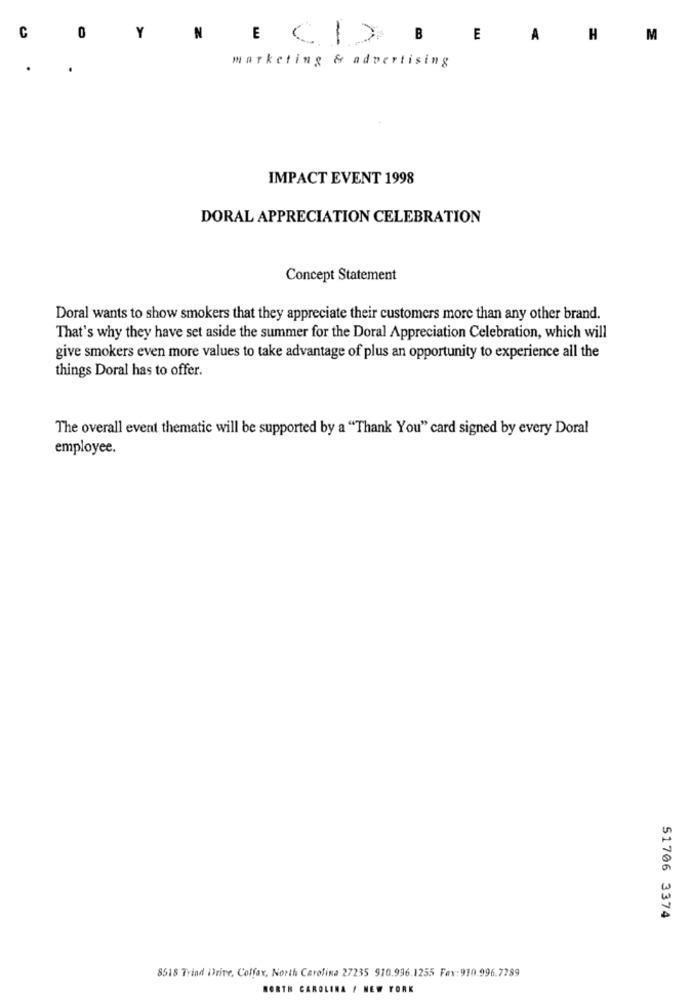
C
0
Y
N
-
E
A
H
M
marketing & advertising
IMPACT EVENT 1998
DORAL APPRECIATION CELEBRATION
Concept Statement
Doral wants to show smokers that they appreciate their customers more than any other brand.
That's why they have set aside the summer for the Doral Appreciation Celebration, which will
give smokers even more values to take advantage of plus an opportunity to experience all the
things Doral has to offer.
The overall event thematic will be supported by a "Thank You" card signed by every Doral
employee.
51706 3374
8518 Triad Drive, Colfax, North Carolina 27235 910.996.1255 Fax:910.996.7789
NORTH CAROLINA / NEW YORK